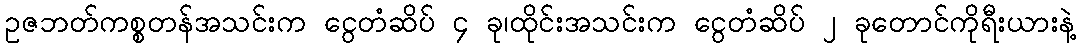
ဥဇဘတ်ကစ္စတန်အသင်းက ငွေတံဆိပ် ၄ ခု၊ထိုင်းအသင်းက ငွေတံဆိပ် ၂ ခုတောင်ကိုရီးယားနဲ့